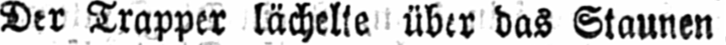
Der Trapper lächelte über das Staunen